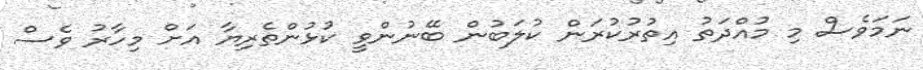
ނަމަވެސް މި މުއްދަތު އިތުރުކުރަން ކުލަބުން ބޭނުންވީ ކުޅުންތެރިޔާ އަށް މިހާރު ވެސް